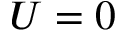
U = 0